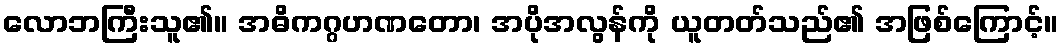
လောဘကြီးသူ၏။ အဓိကဂ္ဂဟဏတော၊ အပိုအလွန်ကို ယူတတ်သည်၏ အဖြစ်ကြောင့်။